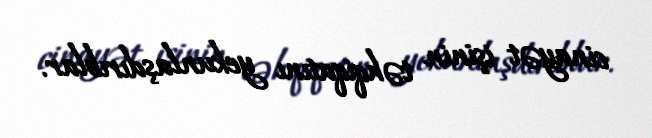
cinayət işinin təhqiqatını yekunlaşdırıblar.